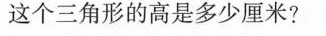
这个三角形的高是多少厘米?